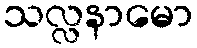
သလ္လနာမော